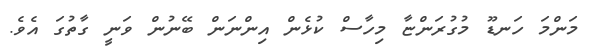
މަންމަ ހަނޑޫ މުގުރަންޏާ މިހާސް ކުޅެން އިންނަން ބޭނުން ވަނީ ގާތުގަ އެވެ.